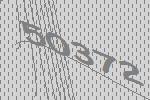
50372